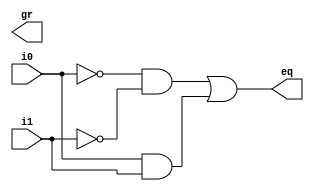
module basis
   // I/O ports
   (
    input wire i0, i1,
    output wire eq, gr
   );

   // signal declaration
   wire p0, p1;

   // body
   // sum of two product terms
   assign eq = p0 | p1;

   // product terms
   assign p0 = ~i0 & ~i1;
   assign p1 = i0 & i1;

endmodule